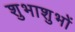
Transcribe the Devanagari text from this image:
शुभाशुभों